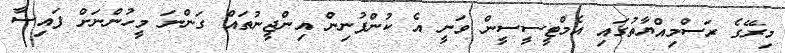
މިރޭގެ ރަސްމިއްޔާތުގައި އެމްޓީސީސީން ވަނީ އެ ކުންފުނިން އިންޖީނުތައް ގަންނަ މީހުންނަށް ފައިސާ